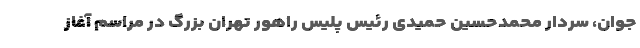
جوان، سردار محمدحسین حمیدی رئیس پلیس راهور تهران بزرگ در مراسم آغاز